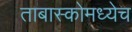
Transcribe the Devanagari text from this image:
ताबास्कोमध्येच